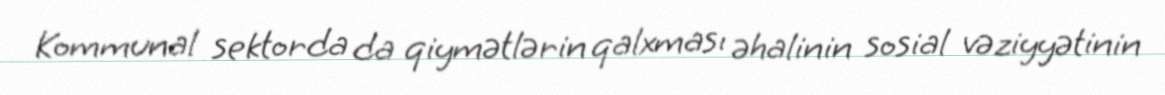
Kommunal sektorda da qiymətlərin qalxması əhalinin sosial vəziyyətinin